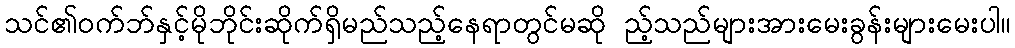
သင်၏ဝက်ဘ်နှင့်မိုဘိုင်းဆိုက်ရှိမည်သည့်နေရာတွင်မဆို ည့်သည်များအားမေးခွန်းများမေးပါ။